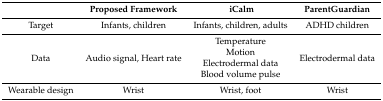
|  | Proposed Framework | iCalm | ParentGuardian |
 | --- | --- | --- | --- |
 | Target | Infants, children | Infants, children, adults | ADHD children |
 | Data | Audio signal, Heart rate | TemperatureMotionElectrodermal dataBlood volume pulse | Electrodermal data |
 | Wearable design | Wrist | Wrist, foot | Wrist |